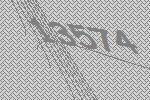
13574